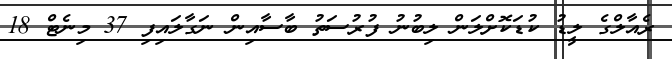
ރެއާލްގެ ލީޑު ކުޑަކޮށްލަން ލިބުނު ފުރުސަތު ބާސާއިން ނަގާލައިފި 37 މިނެޓް 18